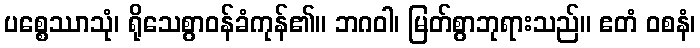
ပစ္စေဿာသုံ၊ ရိုသေစွာဝန်ခံကုန်၏။ ဘဂဝါ၊ မြတ်စွာဘုရားသည်။ ဧတံ ဝစနံ၊